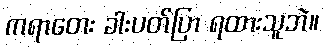
ကရာတေး ခါးပတ်ပြာ ရထားသူဘဲ။